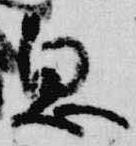
息